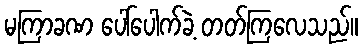
မကြာခဏ ပေါ်ပေါက်ခဲ့ တတ်ကြလေသည်။